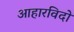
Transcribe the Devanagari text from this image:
आहारविदों